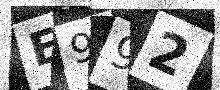
Text: E992